Bréfritari: Kristján J. Kröyer
Viðtakandi: Halldór Jónsson
Dagsetning: A-1870-04-13
Skrifað á: Hvanná, Jökuldal  N-Múl.

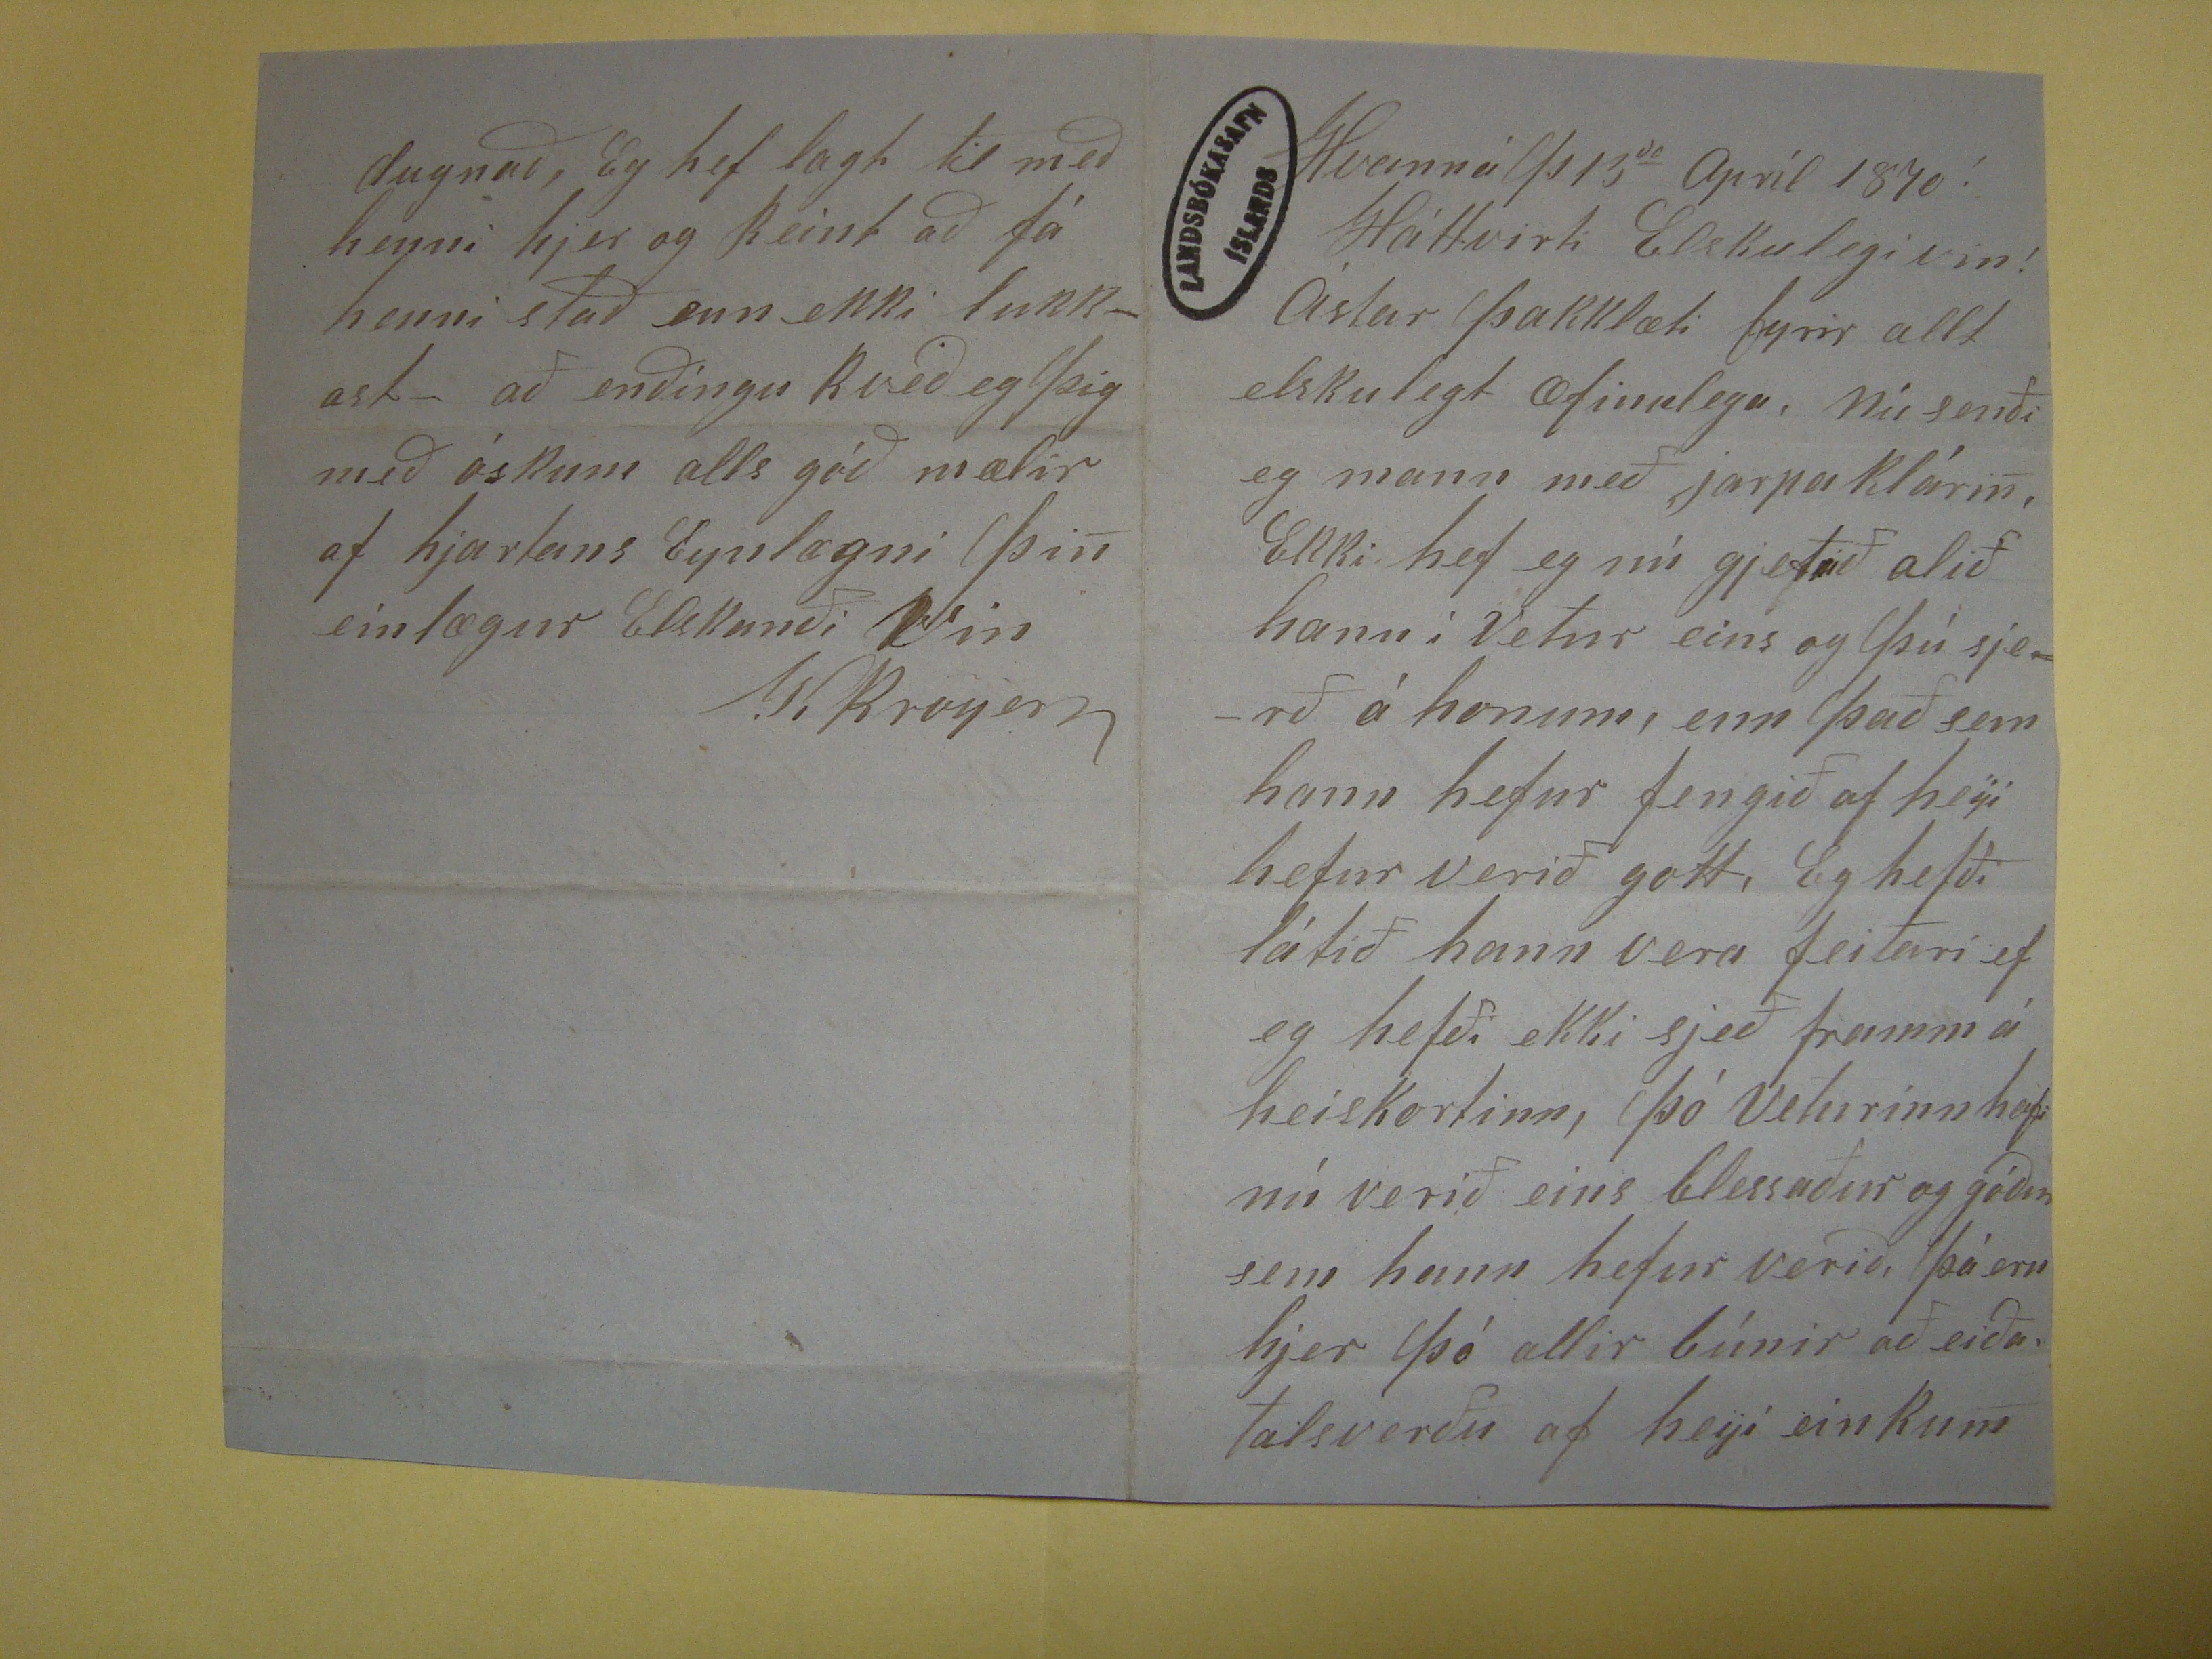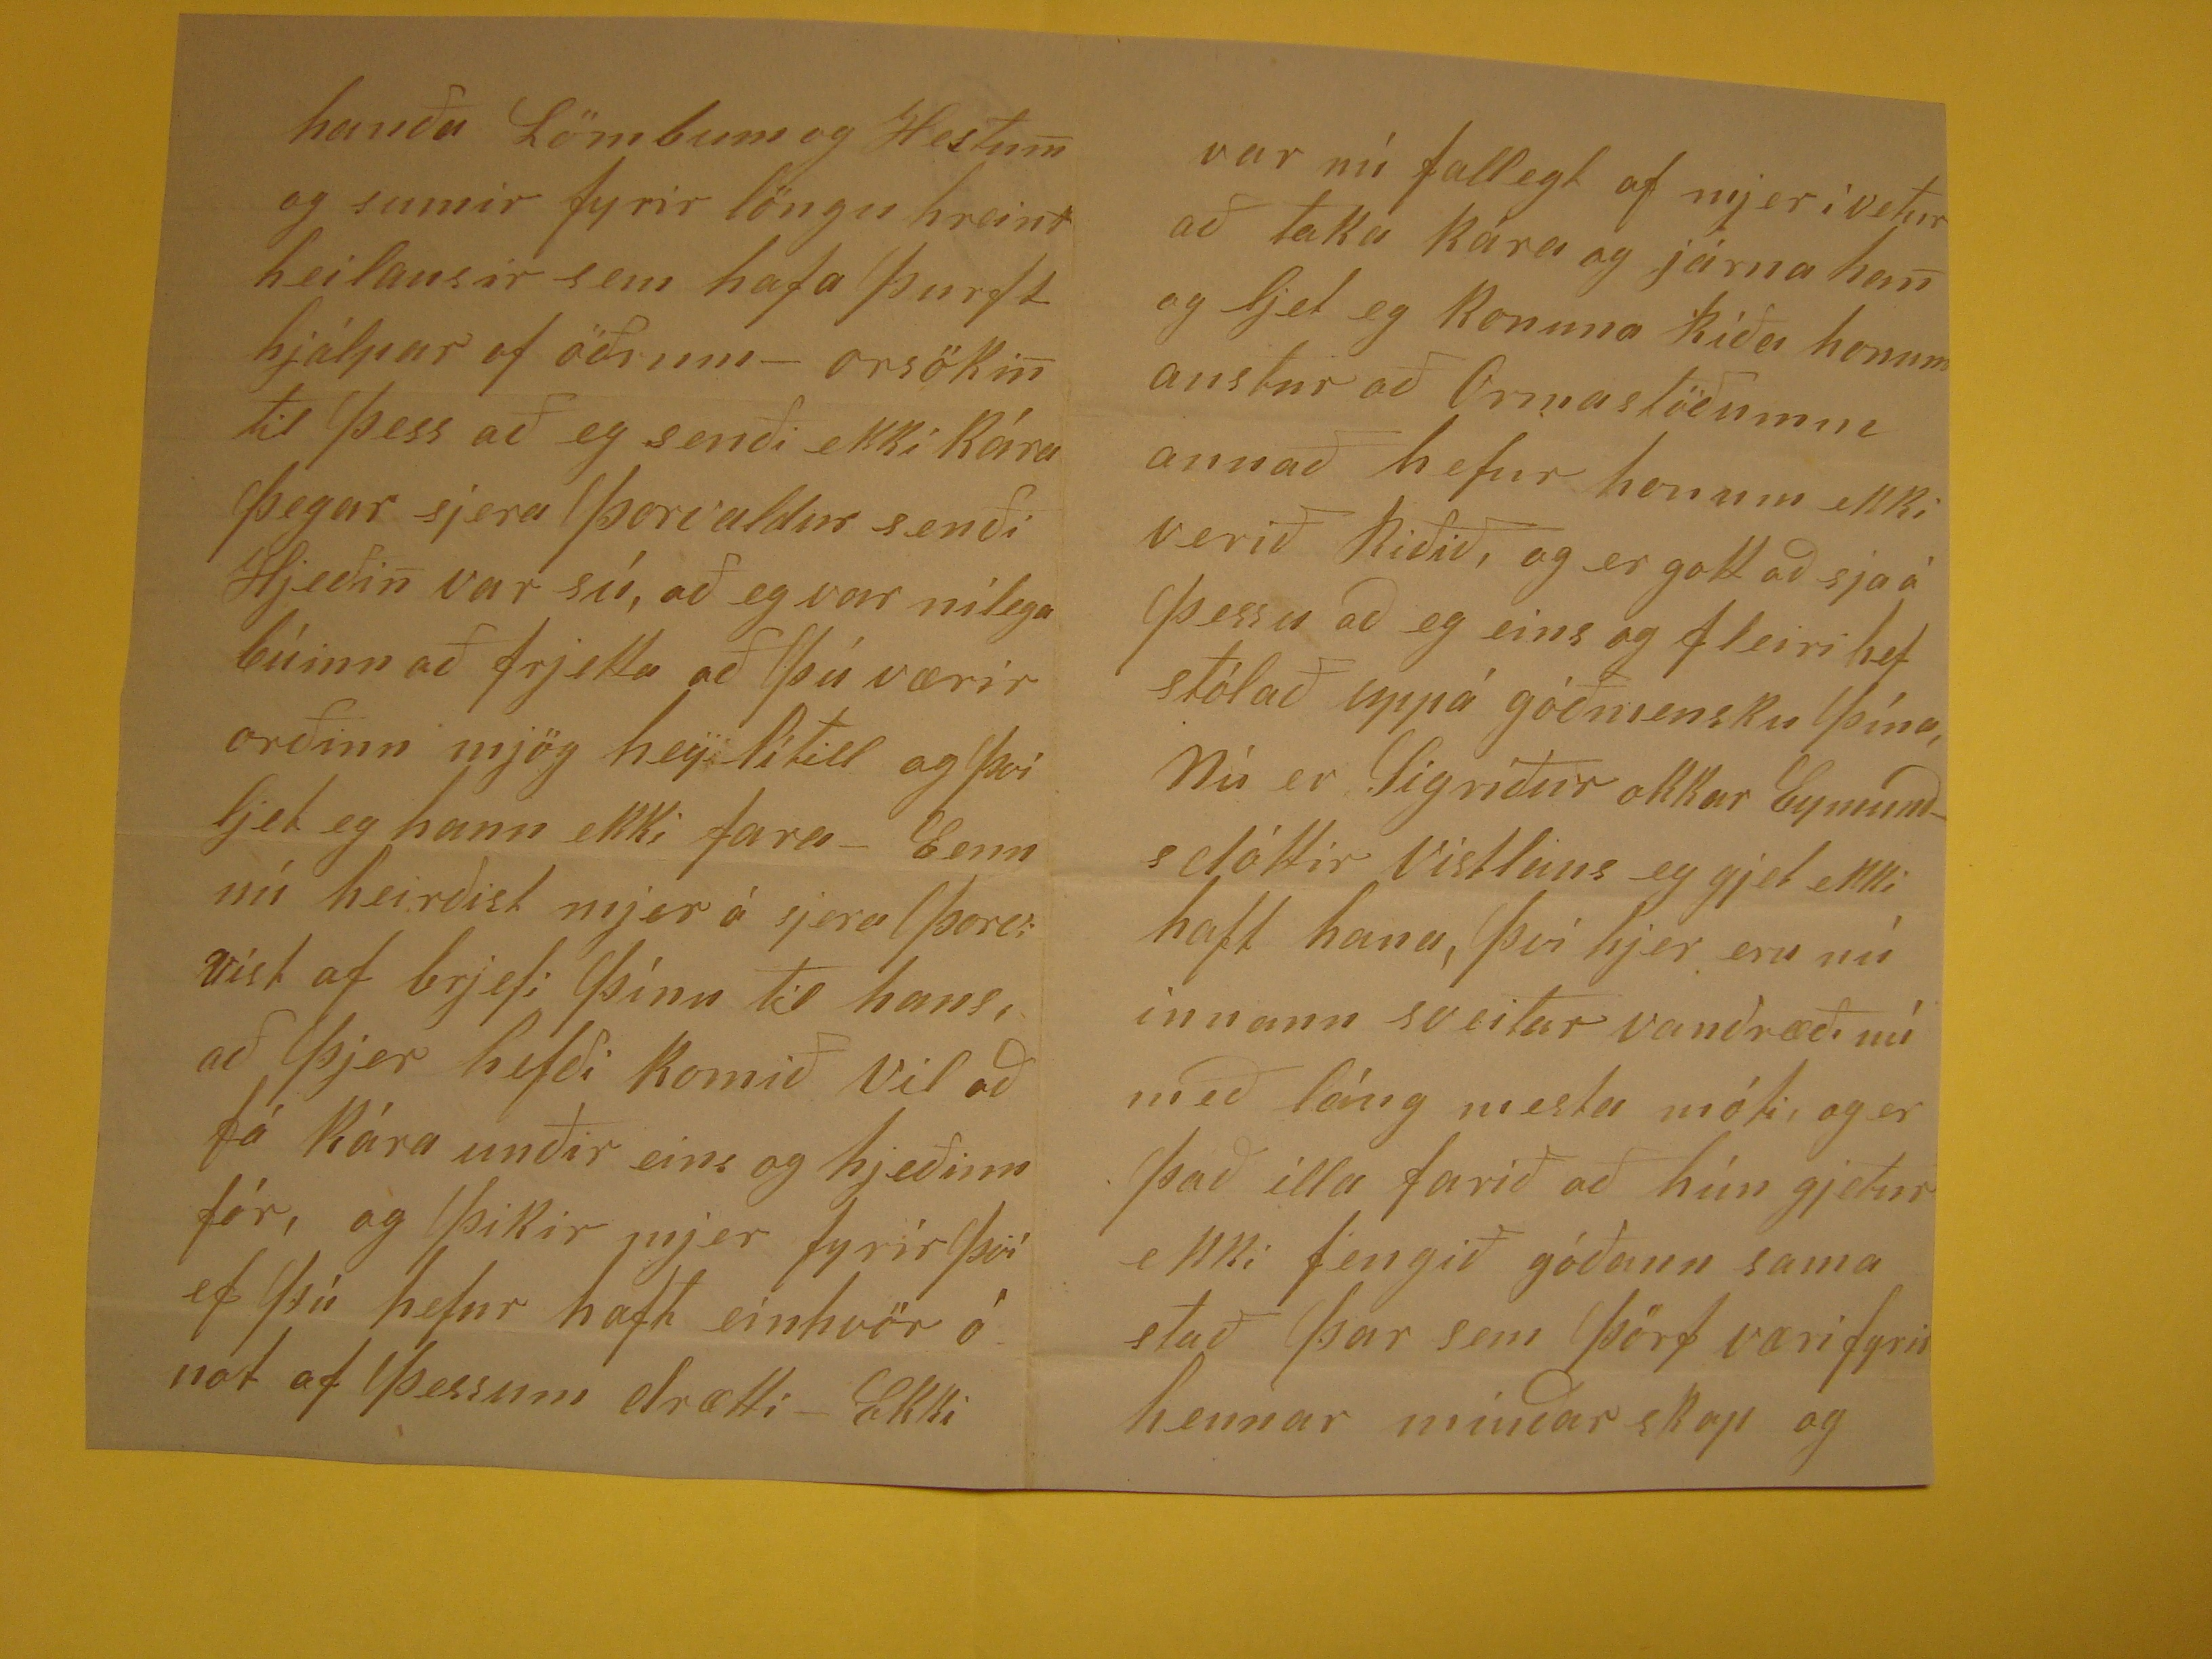

Hvanná þ13
da
Apríl 1870
Háttvirti Elskíulegi vin!
Ástar þakklæti fyrir allt elskulegt æfinlega, Nú senði eg mann með jarpa Klárin, Ekki hef eg nú gjetað alið hann í vetur eins og þú sjerð á honum, enn það
sem hann hefur fengið af heyi hefur verið gott, Eg hefði látið hann vera feitari ef eg hefði ekki sjeð framm á heiskortinn, þó veturinn hafi nú verið eins blessaður
og góður sem hann hefur verið, þá eru hjer þó allir búnir að eiða talsverðu af heyi einkum
hanða Lömbum og Hestum og sumir fyrir löngu hreint heilausir sem hafa þurft hjálpar af öðrum- orsökin til þess að eg senði ekki Kára þegar sjera Þorvaldur
senði Hjeðin var sú, að eg var nílega búinn að frjetta að þú værir orðinn mjög hey lítill og því ljet eg hann ekki fara- Enn nú heirðist mjer á sjera Þorv; víst af
brjefi þínu til hans, að þjer hefði komið vil að fá kára unðir eins og hjeðinn fór, og þikir mjer fyrir því ef þú hefur haft einhvör ónot af þessum drætti - Ekki
var nú fallegt af mjer í vetur að taka Kára og járna han og ljet eg Konuna Ríða honum austur að Ormastöðumm annað hefur honum ekki verið Riðið, og
er gott að sja á þessu að eg eins og fleiri hef stólað uppá góðmensku þína, Nú er Sigríður okkar Eymundsdóttir Vístlaus eg gjet ekki haft hana, því hjer eru nú
innann sveitar vandræði nú með
lónig
mestu móti, og er það illa farið að hún gjetur ekki fengið góðann sama stað þar sem þörf væri fyrir
hennar mínðar skap og
dugnaði, Eg hef lagt til með henni hjer og Reint að fá henni stað enn ekki lukkast- að enðingu kveð eg þig með óskum alls góð mælir af hjartans Eynlægni
þin einlægur Elskanði Vin
K Kroyer